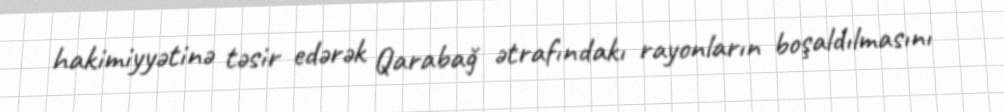
hakimiyyətinə təsir edərək Qarabağ ətrafındakı rayonların boşaldılmasını